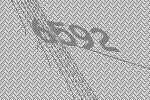
6592